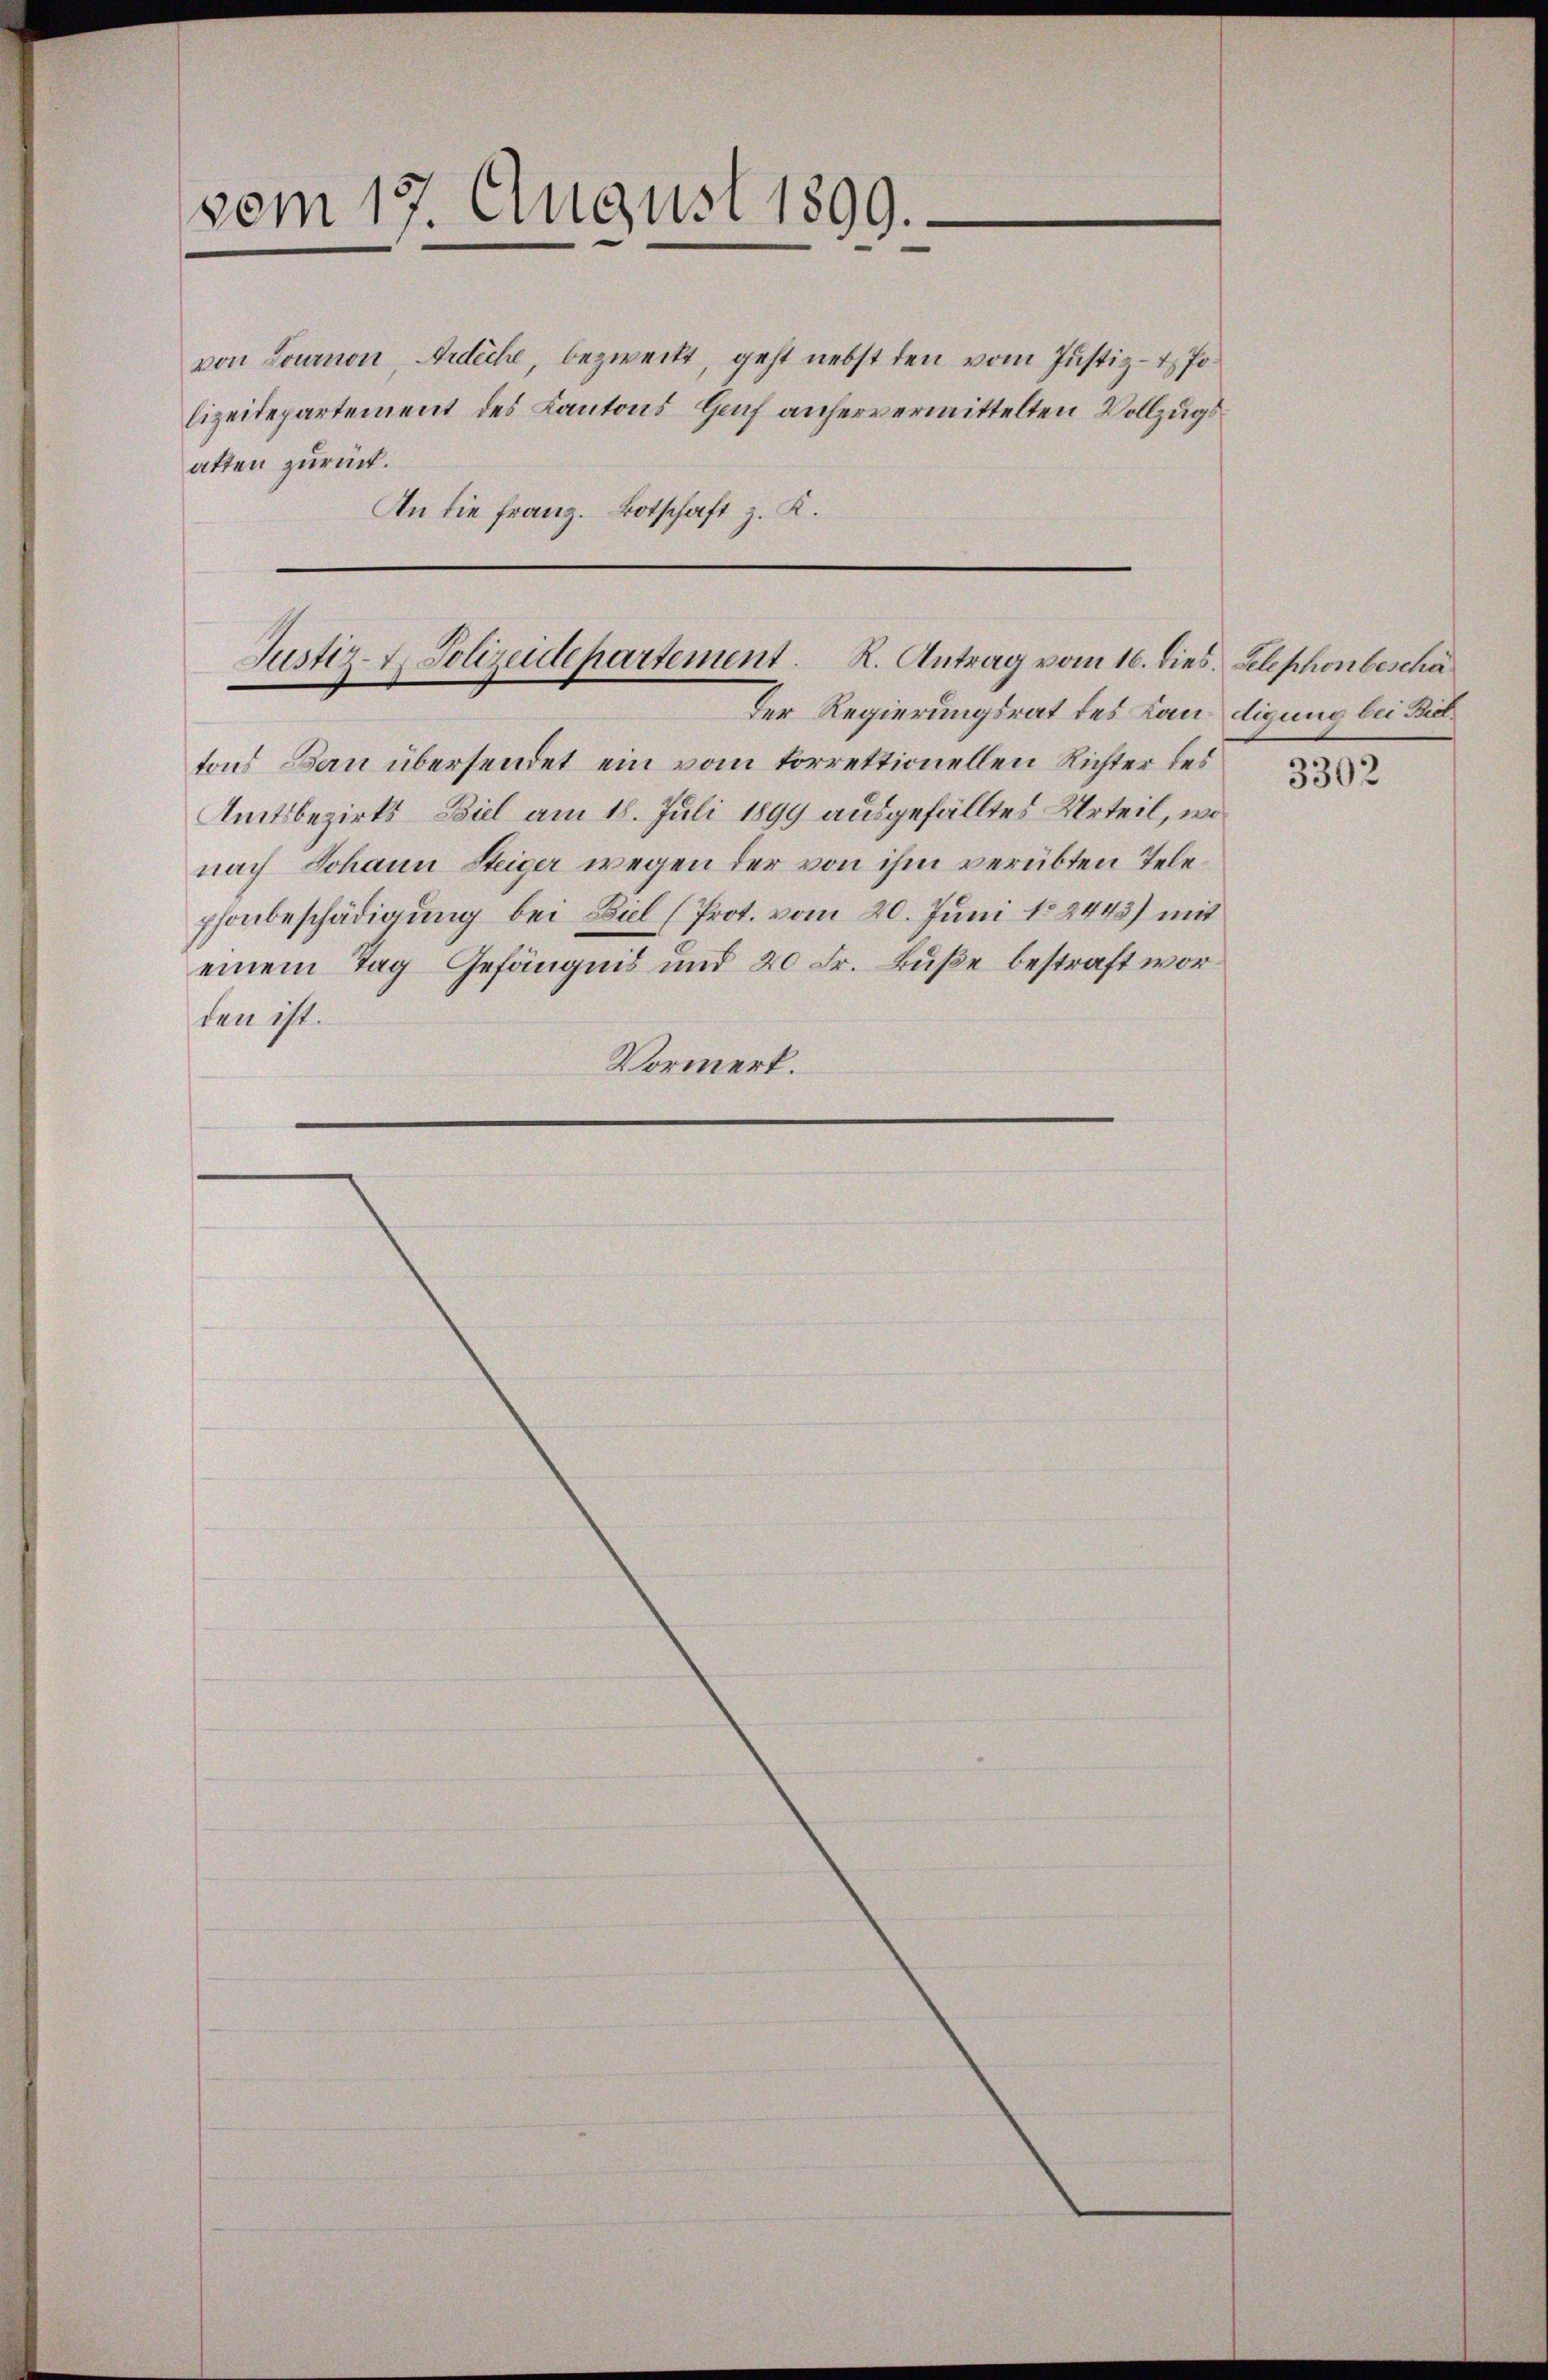
vom 17. August 1899.

von Lournon, Ardiche, bezweckt, geht nebst den vom Justiz- & Polizeidepartement des Kantons Genf anhervermittelten Vollzugsatten zurück.
An die Franz. Botschaft z. K.

Justiz- & Polizeidepartement. R. Antrag vom 16. dies Telephonbescha
Der Regierungsrat des Kandigung bei Biel

tons Bern übersendet ein vom korrektionellen Richter des
Amtsbezirks Biel am 18. Juli 1899 ausgefälltes Urteil, wo
nach Johann Steiger wegen der von ihm verübten Telephonbeschädigung bei Biel (Prot. vom 20. Juni No 2443) mit
einem Tag Gefängnis und 20 Fr. Buße bestraft worden ist.
Vormerk.

3302